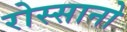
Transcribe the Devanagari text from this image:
रोस्सानो